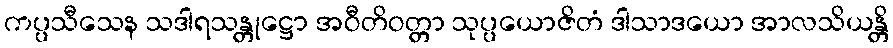
ကပ္ပသီသေန သဒါရသန္တုဋ္ဌော အဝီတိဝတ္တာ သုပ္ပယောဇိတံ ဒါသာဒယော အာလသိယန္တိ